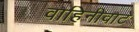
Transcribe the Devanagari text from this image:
वाहिनीवाटे